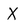
Character: X